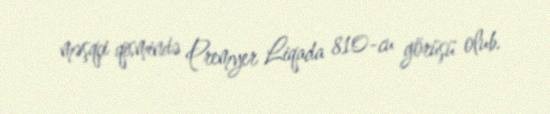
məşqçi qismində Premyer Liqada 810-cu görüşü olub.